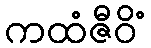
ကထံဇီဝိံ